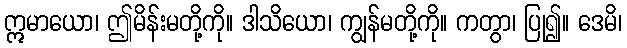
ဣမာယော၊ ဤမိန်းမတို့ကို။ ဒါသိယော၊ ကျွန်မတို့ကို။ ကတွာ၊ ပြု၍။ ဒေမိ၊